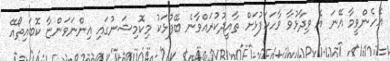
އެހެންވީމާ އޭނަ އެ ވިދާޅުވާ ވާހަކަފުޅަށް ތާއީދުކުރައްވާނެ ބޭފުޅަކު މިކޮމިޝަނުގައި އިންނަވަންޏާ ކޮބައިތޯއޭ